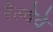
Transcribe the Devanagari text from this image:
रेल्वेवे